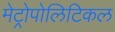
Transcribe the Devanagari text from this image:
मेट्रोपोलिटिकल